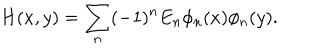
H ( x , y ) = \sum _ { n } ( - 1 ) ^ { n } E _ { n } \phi _ { n } ( x ) \phi _ { n } ( y ) .